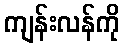
ကျန်းလန်ကို